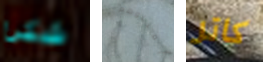
شكرا أقتلوهم كاتر